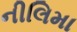
નીલિમા